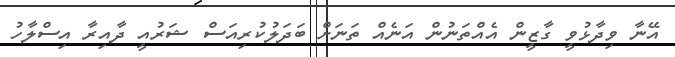
އޭނާ ވިދާޅުވީ ގާޒީން އެއްތަނުން އަނެއް ތަނަށް ބަދަލުކުރިއަސް ޝަރުއީ ދާއިރާ އިސްލާހު